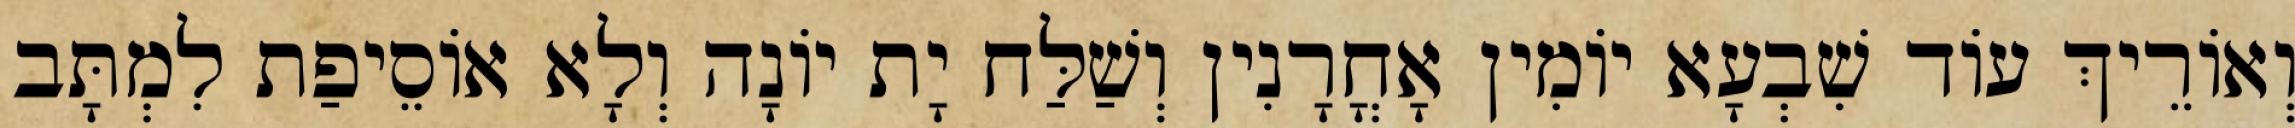
וְאוֹרֵיךְ עוֹד שִׁבְעָא יוֹמִין אָחֳרָנִין וְשַׁלַּח יָת יוֹנָה וְלָא אוֹסֵיפַת לִמְתָּב